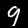
Label: 9